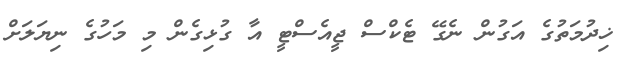
ޚިދުމަތުގެ އަގުން ނެގޭ ޓެކްސް ޖީއެސްޓީ އާ ގުޅިގެން މި މަހުގެ ނިޔަލަށް